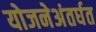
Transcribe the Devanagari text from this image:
योजनेअंतर्घत